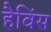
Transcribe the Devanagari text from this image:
हैविंस